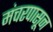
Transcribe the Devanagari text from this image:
मंचरपासून